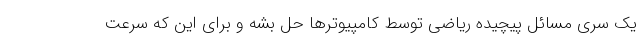
یک سری مسائل پیچیده ریاضی توسط کامپیوترها حل بشه و برای این که سرعت